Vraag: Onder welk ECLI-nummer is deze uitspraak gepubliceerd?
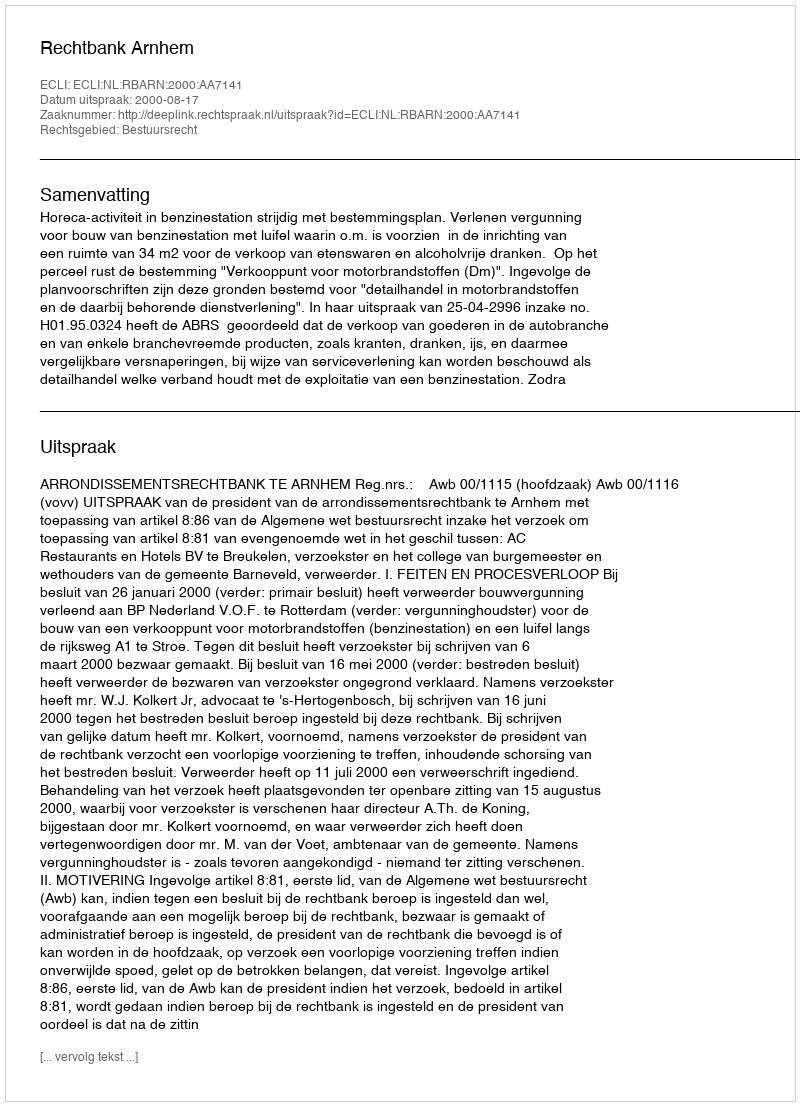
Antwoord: ECLI:NL:RBARN:2000:AA7141